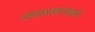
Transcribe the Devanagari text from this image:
व्यवस्थअपनाखाली